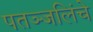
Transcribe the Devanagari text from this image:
पतञ्जलिंचे